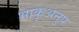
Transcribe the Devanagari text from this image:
भाकृअनुप